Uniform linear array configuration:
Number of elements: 24
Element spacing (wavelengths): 0.25
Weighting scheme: uniform
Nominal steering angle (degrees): -45
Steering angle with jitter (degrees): -44.239
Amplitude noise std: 0.05
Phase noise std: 0.05

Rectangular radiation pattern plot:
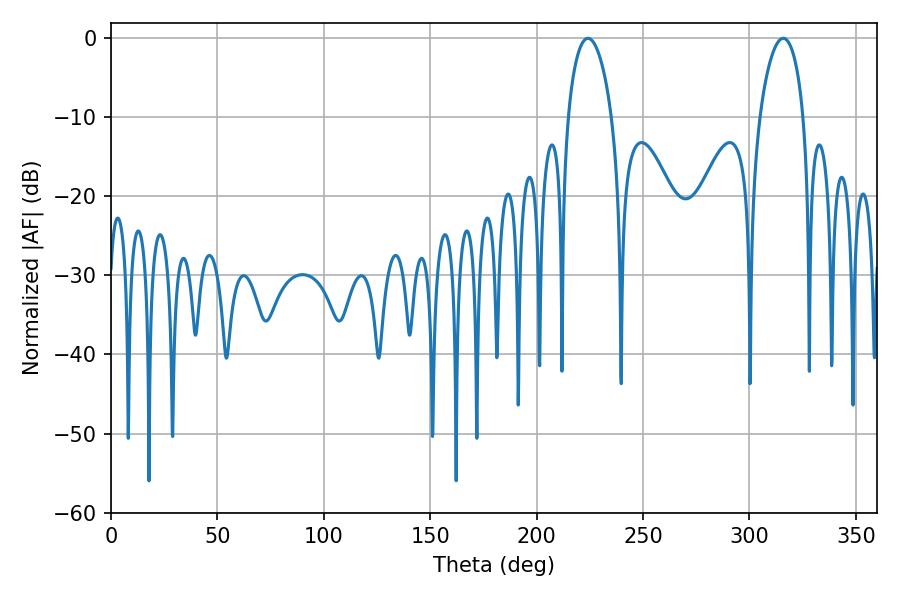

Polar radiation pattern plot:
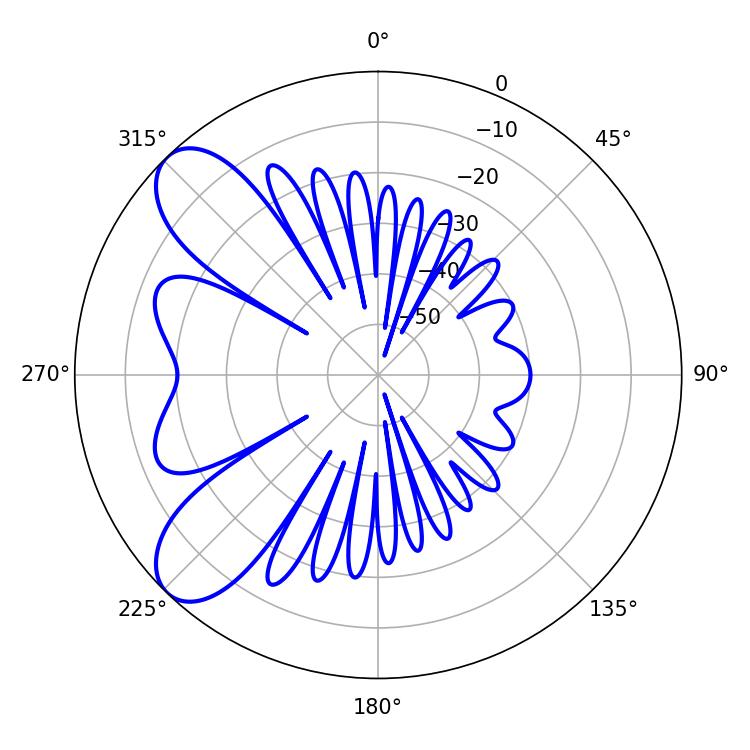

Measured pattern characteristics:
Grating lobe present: FALSE
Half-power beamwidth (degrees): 11.7
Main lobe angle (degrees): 224.1